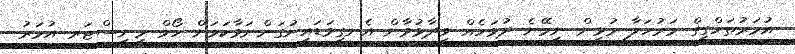
އުމަރުތަހްގީގް މަރުހަލާ މުޅިން ނިމޭނެ ދުވަހެއް ވިދާޅުވާން އެނގިވަޑައިނުގަންނަވާކަމަށް ހޯމް މިނިސްޓަރ އުމަރު